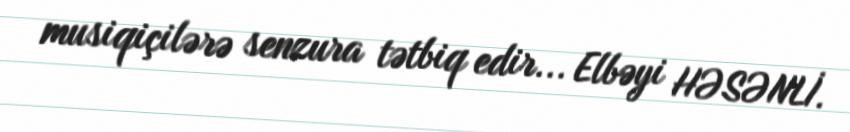
musiqiçilərə senzura tətbiq edir... Elbəyi HƏSƏNLİ.